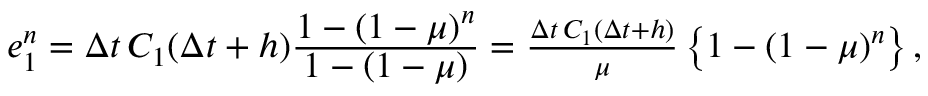
\begin{array} { r } { e _ { 1 } ^ { n } = \Delta t \, C _ { 1 } ( \Delta t + h ) \frac { \displaystyle 1 - \left( 1 - \mu \right) ^ { n } } { \displaystyle 1 - \left( 1 - \mu \right) } = \frac { \Delta t \, C _ { 1 } ( \Delta t + h ) } { \mu } \left\{ 1 - \left( 1 - \mu \right) ^ { n } \right\} , } \end{array}